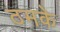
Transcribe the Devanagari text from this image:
ठमके